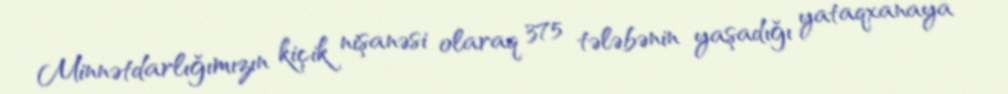
Minnətdarlığımızın kiçik nişanəsi olaraq 375 tələbənin yaşadığı yataqxanaya